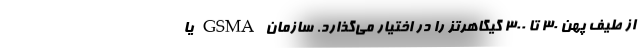
از طیف پهن ۳۰ تا ۳۰۰ گیگاهرتز را در اختیار می‌گذارد. سازمان GSMA یا